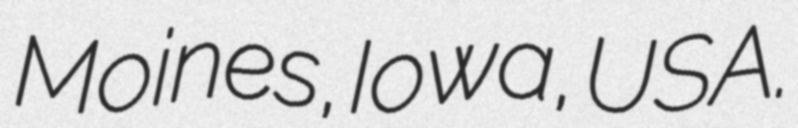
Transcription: Moines, Iowa, USA.